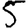
Digit: 5